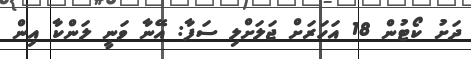
ދަށު ކޯޓުން 18 އަހަރަށް ޖަލަށްލި ސަފާ: އޭނާ ވަނީ ލަންކާ އިން